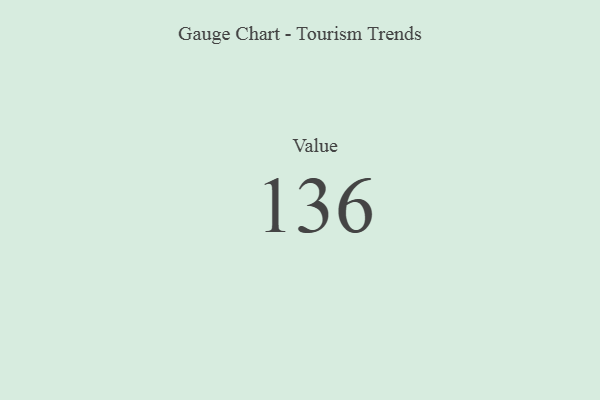
{"axis": {"x": "Metric", "y": "Value"}, "legend": [""], "data": [{"x": "Value", "y": 136, "type": ""}]}